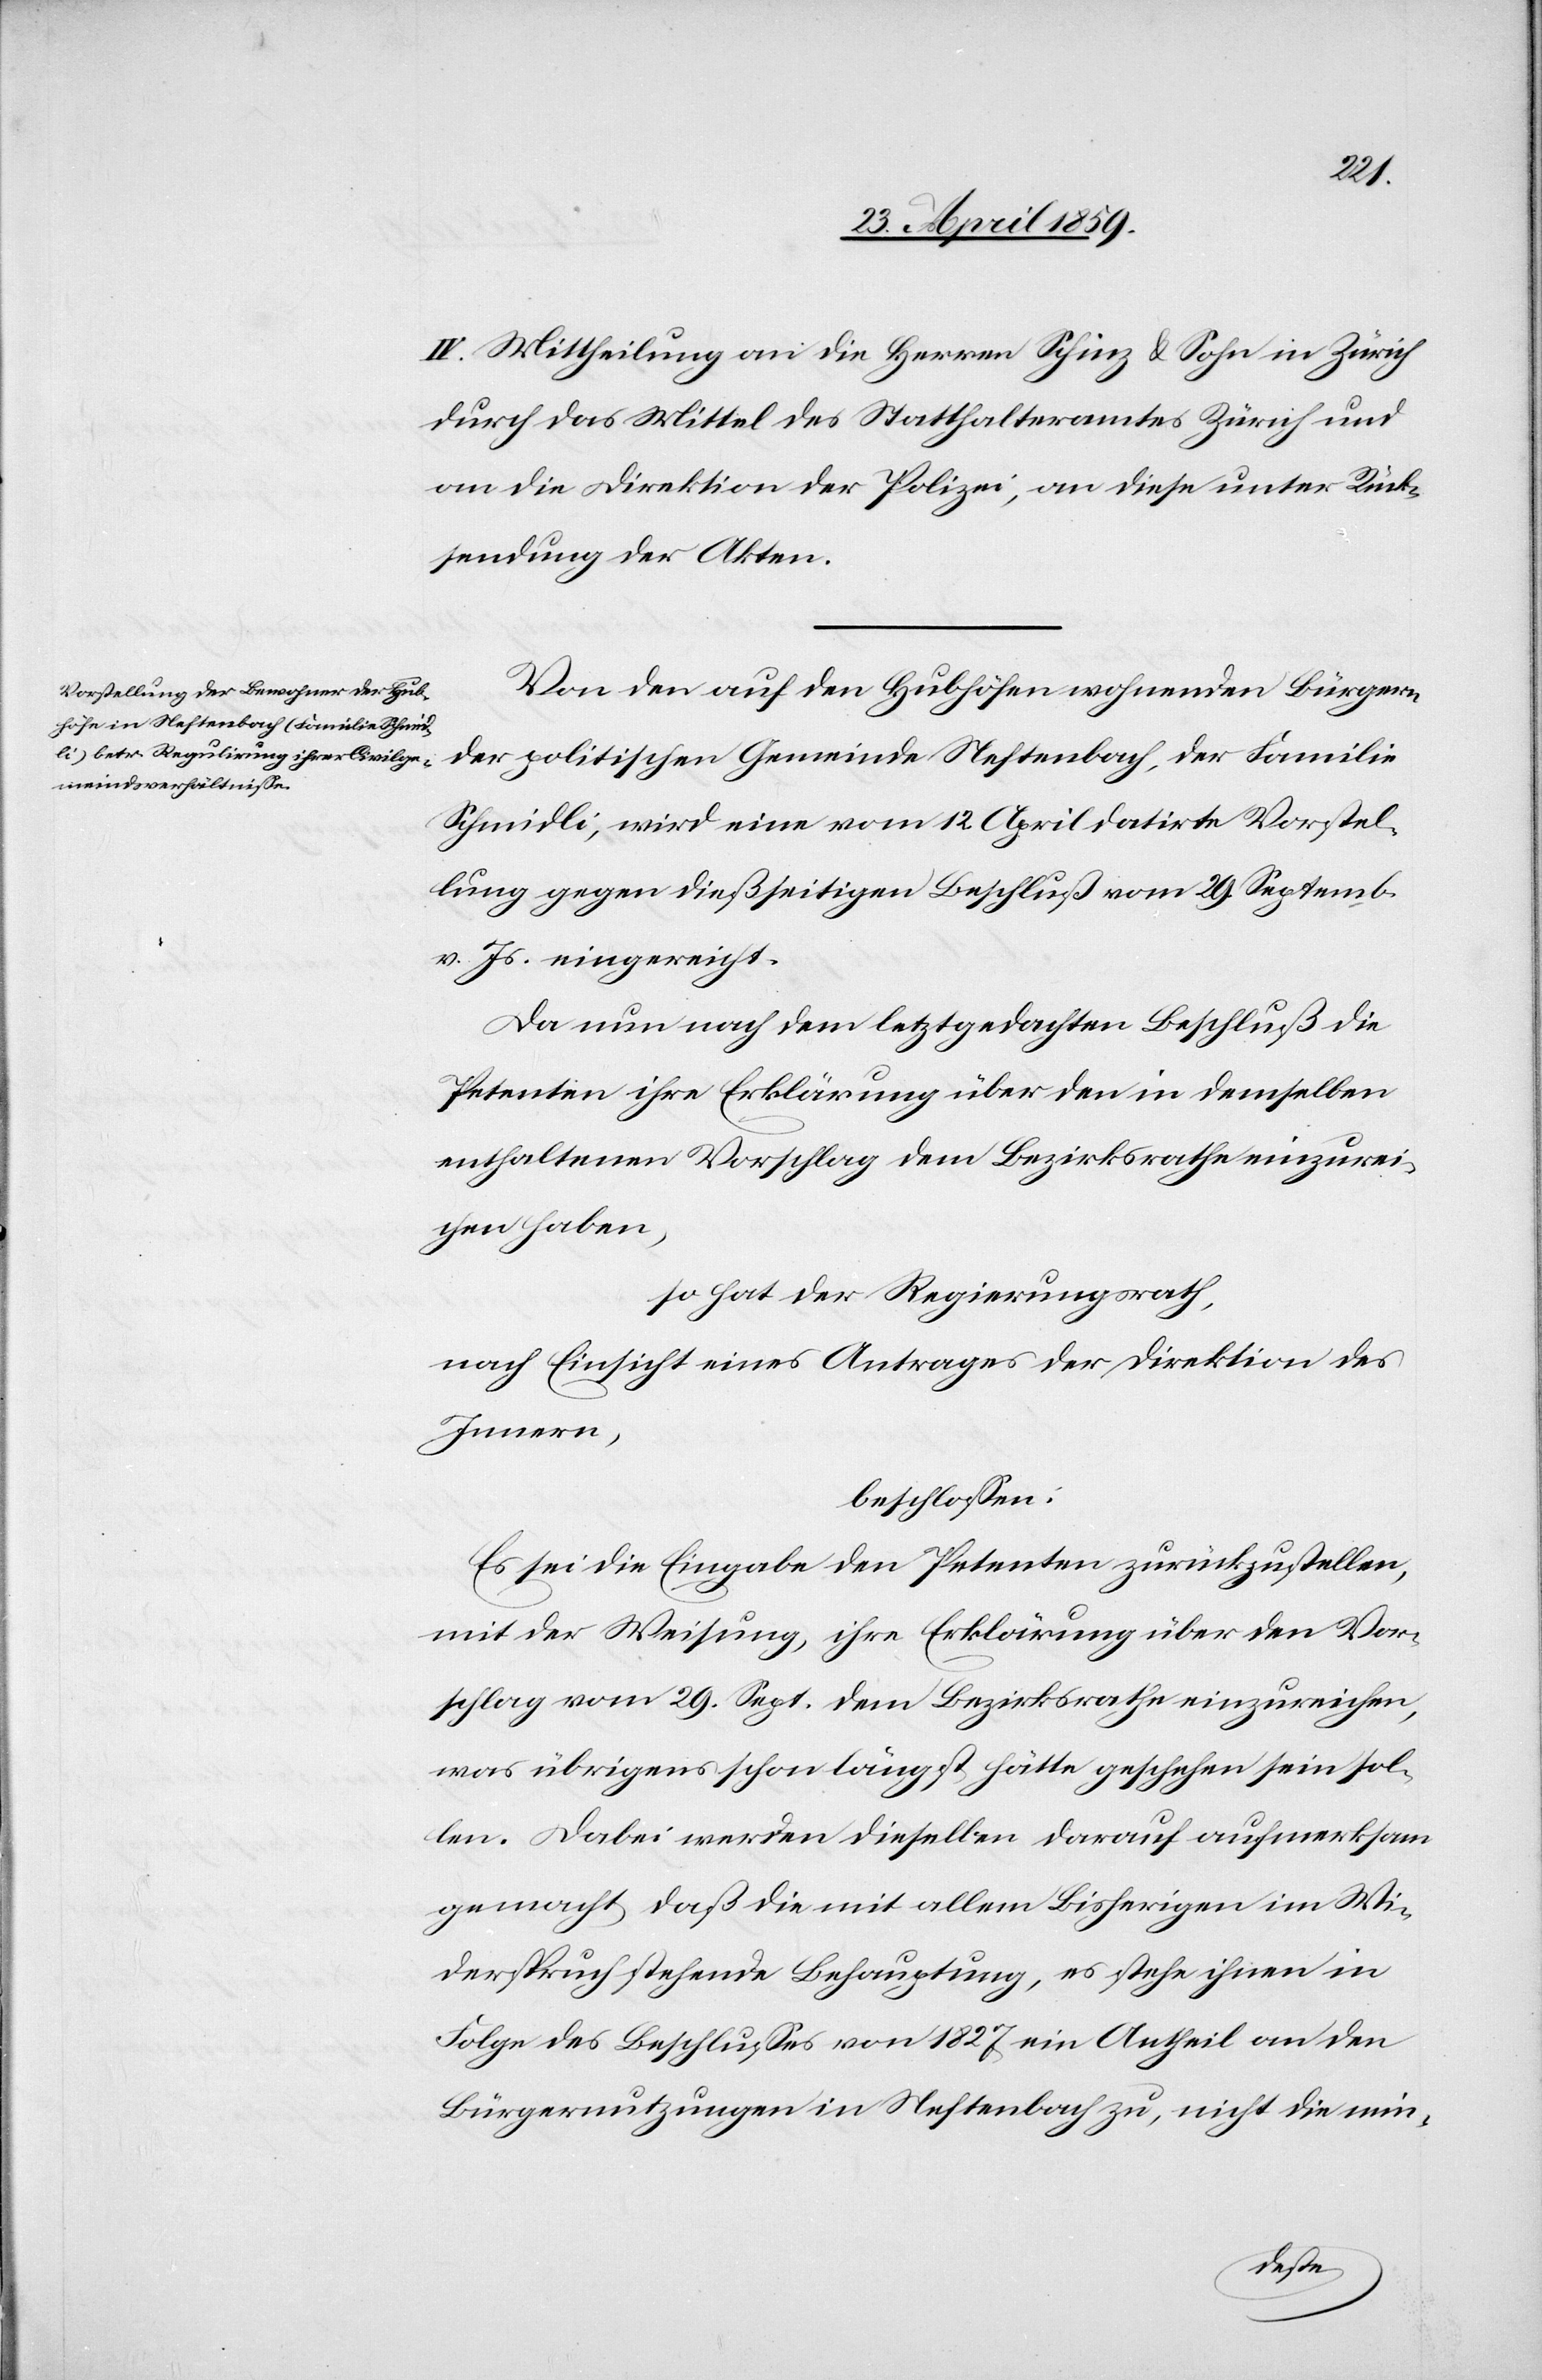
IV. Mittheilung an die Herren Schinz & Sohn in Zürich
durch das Mittel des Statthalteramtes Zürich und
an die Direktion der Polizei, an diese unter Rück¬
sendung der Akten.
Von den auf den Hubhöfen wohnenden Bürgern
der politischen Gemeinde Neftenbach, der Familie
Schmidli, wird eine vom 12. April datirte Vorstel¬
lung gegen dießseitigen Beschluß vom 29. Septemb.
v. Js. eingereicht.
Da nun nach dem letztgedachten Beschluß die
Petenten ihre Erklärung über den in demselben
enthaltenen Vorschlag dem Bezirksrathe einzurei¬
chen haben,
so hat der Regierungsrath,
nach Einsicht eines Antrages der Direktion des
Innern,
beschloßen:
Es sei die Eingabe den Petenten zurückzustellen,
mit der Weisung, ihre Erklärung über den Vor¬
schlag vom 29. Sept. dem Bezirksrathe einzureichen,
was übrigens schon längst hätte geschehen sein sol¬
len. Dabei werden dieselben darauf aufmerksam
gemacht daß die mit allem Bisherigen im Wi¬
derspruch sehende Behauptung, es stehe ihnen in
Folge des Beschlußes von 1827 ein Antheil an den
Bürgernutzungen in Neftenbach zu, nicht die min-